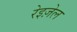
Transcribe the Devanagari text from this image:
रेइज़ेल